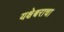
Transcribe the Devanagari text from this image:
यक्षेश्वराचा